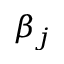
\beta _ { j }